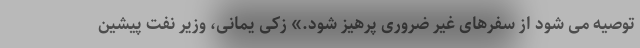
توصیه می شود از سفرهای غیر ضروری پرهیز شود.» زکی یمانی، وزیر نفت پیشین